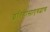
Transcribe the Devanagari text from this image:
इतिहासाएवढाच